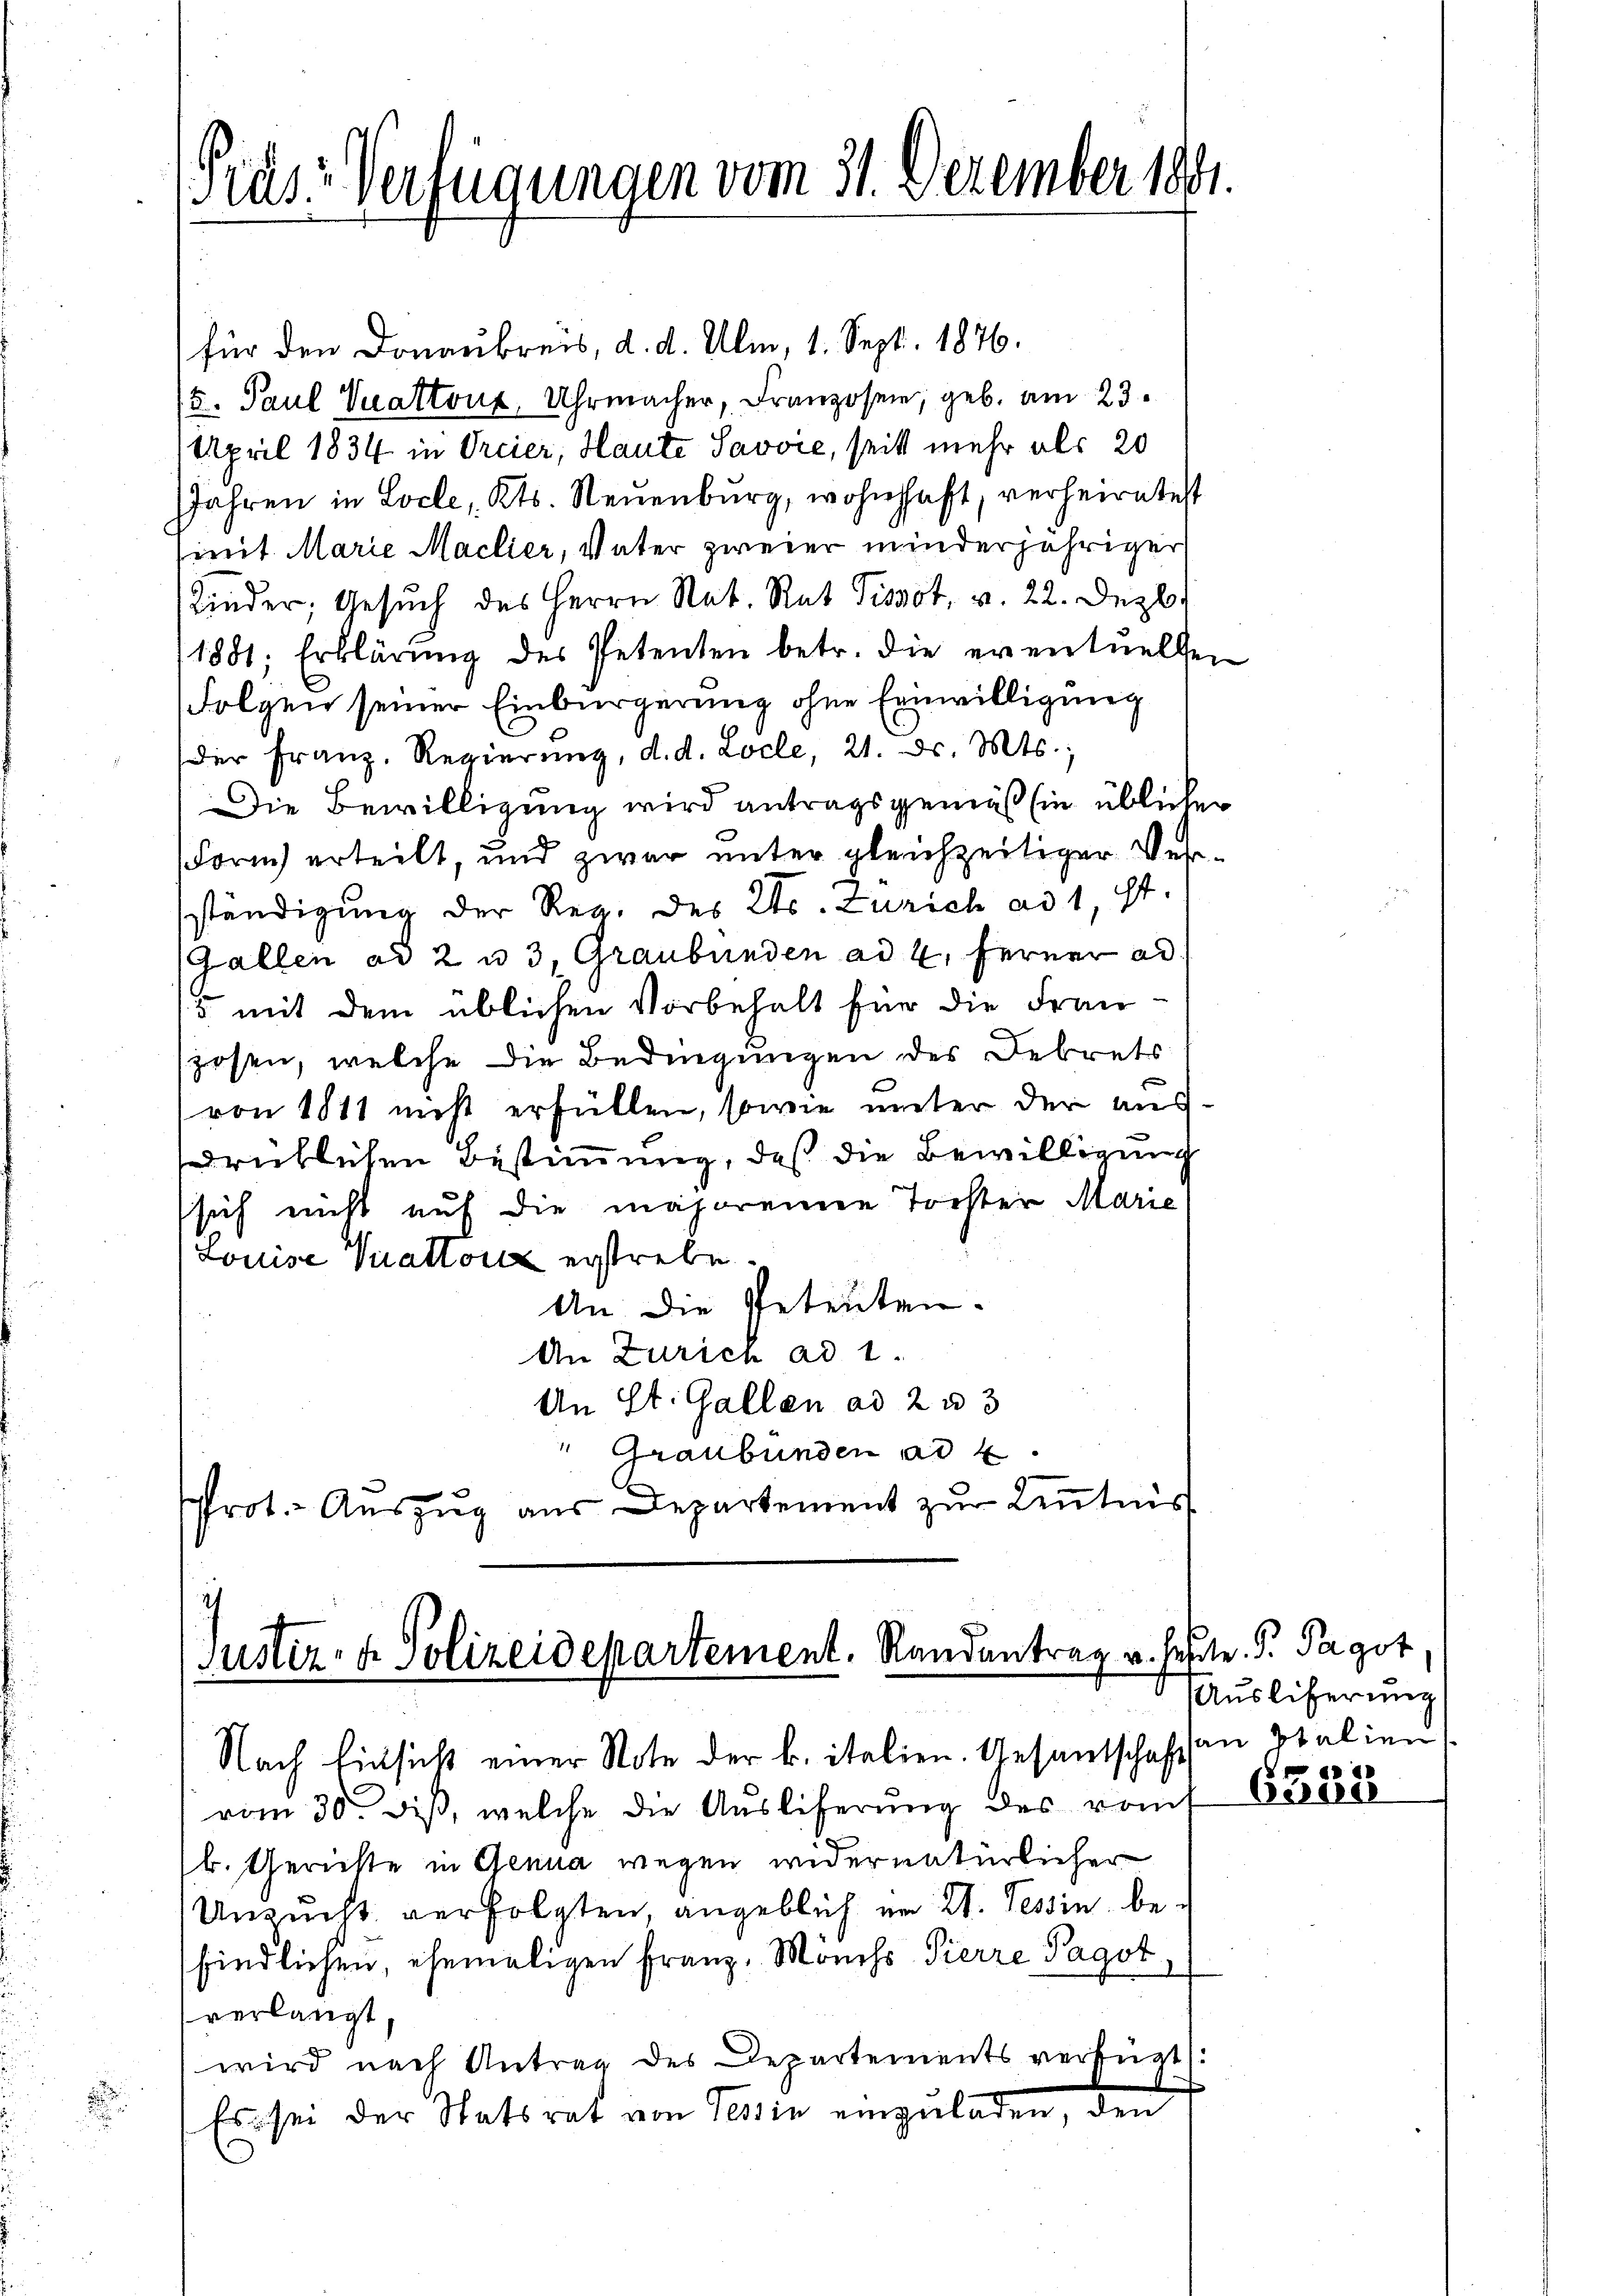
rus-Verfügungen vom 31. Dezember 1891

für den Donaukreis, d. d. Ulm, 1. Sept. 1876.
(5. Paul Vuattoux, Uhrmacher, Franzosen, geb. am 23.
April 1834 in Orcier, Haute Savvić, seits mehr als 20
JJahren in Loche, Kts. Neuenburg, wohnhaft, verheiratett
mmit Marie Maclier, Vater zweier minderjähriger
Kinder, Gesŭch des Herrn Rat. Rat Pissot, v. 22. Dezb.
1881; Erklärung des Petenten betr. die eventuellen
Folgen seiner Einbürgerung ohne Einwilligung
der Franz. Regierŭng, d. d. Loche, 21. d. Mts.,
Die Bewilligung wird antragsgemäß sie üblicher
Form erteilt, und zwar unter gleichzeitiger Verständigung der Reg. des Kts. Zürich ad 1, ist.
(Gallen ad 2 u 3, Graubünden ad 2. Ferner ad
5 mit dem üblichen Vorbehalt für die Frau
spesen, welche die Bedingungen des Debrets
von 1811 nicht erfüllen, sowie unter der ausdrüklichen Bestimmung, daß die Bewilligung
sich nicht auf die majoreinen Tochter Marie
Louise Vuattorz erstreben.
An die Petenten.
An Zürich ad 1.
An St. Gallen ad 2 u 3
" Graubünden ad 4
Prot. Auszug aus Departement zur Kenntnis

t
Justiz- & Polizeidepartement, Randantrag u. sehrte. P. Pagot,

Nach Einsicht einer Note der k. italien. Gesantschaft an Stalien
vom 30. dieß, welche die Ausliferung des vot
b. Gerichte in Genua wegen widernatürlicher
Unsucht verfolgten, angeblich im W. Tessin, befindlichen, ehemaligen Franz, Monchs Pierre Pagot
verlangt,
wird nach Antrag des Departements verfügt:
Es sei der Statsrat von Tessin einzuladen, den

Auslieferung

a i
6500